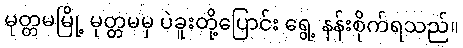
မုတ္တမမြို့ မုတ္တမမှ ပဲခူးတို့ပြောင်း ရွေ့ နန်းစိုက်ရသည်။